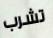
تشرب